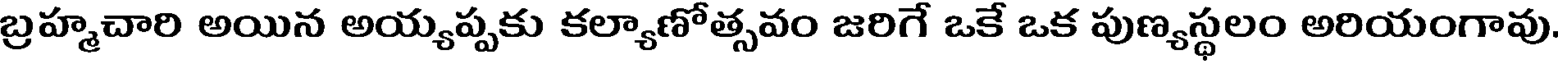
బ్రహ్మచారి అయిన అయ్యప్పకు కల్యాణోత్సవం జరిగే ఒకే ఒక పుణ్యస్థలం అరియంగావు